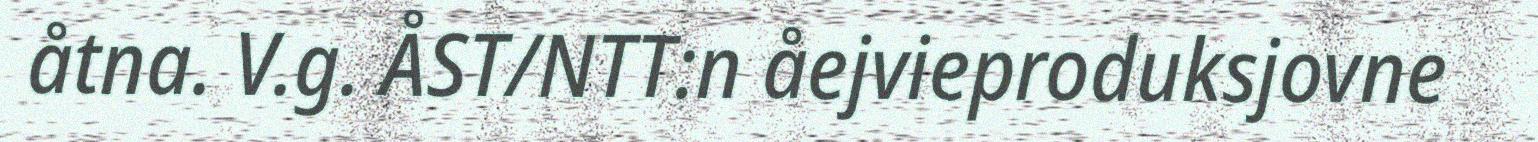
åtna. V.g. ÅST/NTT:n åejvieproduksjovne